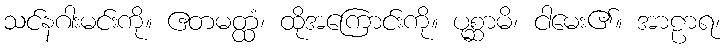
သင်နဂါးမင်းကို။ ဧတမတ္ထံ၊ ထိုအကြောင်းကို။ ပုစ္ဆာမိ၊ ငါမေး၏။ အာဠာရ၊